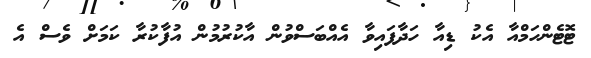
ޓޮޓެންހަމްއާ އެކު ޑިއާ ހަދާފައިވާ އެއްބަސްވުން އާކުރުމުން އުފާކުރާ ކަމަށް ވެސް އެ